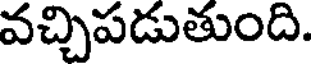
వచ్చిపడుతుంది.